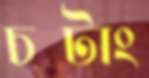
চটাং